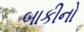
બાકીનો